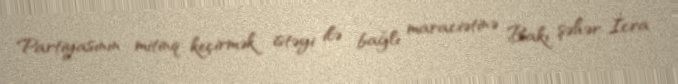
Partiyasının mitinq keçirmək istəyi ilə bağlı maraciətinə Bakı şəhər İcra